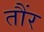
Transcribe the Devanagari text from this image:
तौंर